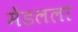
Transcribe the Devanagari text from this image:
मेंडलला